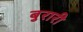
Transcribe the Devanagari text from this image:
बुरारी